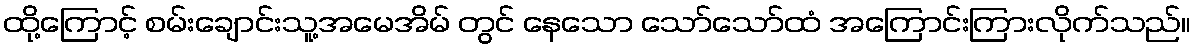
ထို့ကြောင့် စမ်းချောင်းသူ့အမေအိမ် တွင် နေသော သော်သော်ထံ အကြောင်းကြားလိုက်သည်။